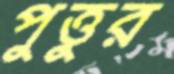
পুত্তুর